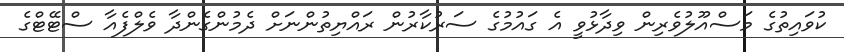
ކުވައިތުގެ މަސްއޫލުވެރިން ވިދާޅުވީ އެ ގައުމުގެ ސަރުކާރުން ރައްޔިތުންނަށް ދެމުންގެންދާ ވެލްފެއާ ސްޓޭޓްގެ